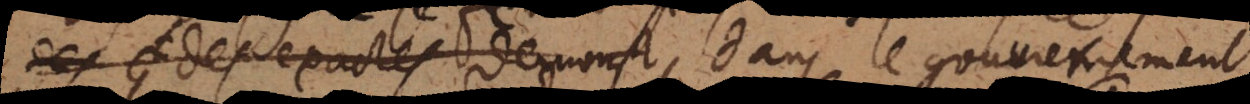
des exactes demonst dans le gouvernement